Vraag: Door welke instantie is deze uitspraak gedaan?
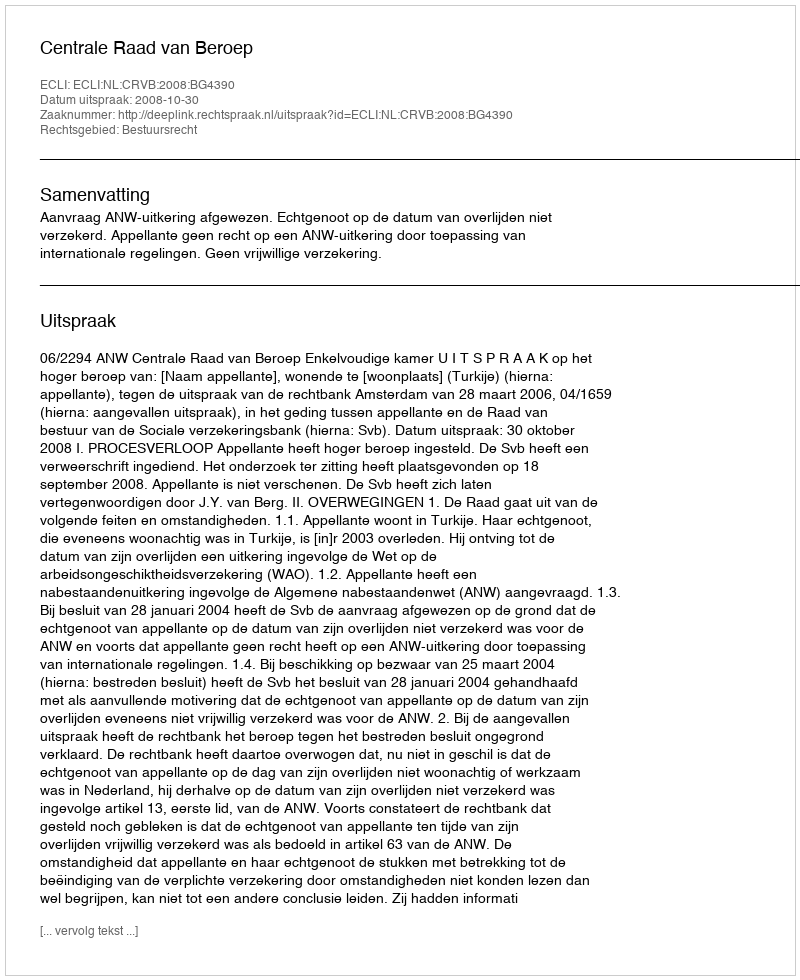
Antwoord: Centrale Raad van Beroep